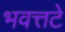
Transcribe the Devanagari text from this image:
भवत्तटे